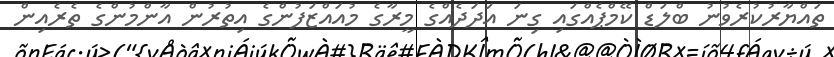
ތައްޔާރުކުރެވުނު ބްލަޑް ކޭމްޕެއްގައި ގިނަ އަދަދެއްގެ މީރާގެ މުއައްޒަފުންގެ އިތުރުން އާންމުންގެ ތެރެއިން